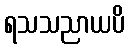
ရသသညာယပိ